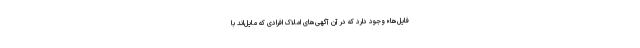
فایل‌ها» وجود دارد که در آن آگهی‌های املاک افرادی که مایل‌اند با